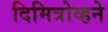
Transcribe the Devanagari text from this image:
दिमित्रोव्हने